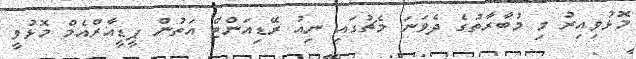
މޮޅުވިއިރު މި މުބާރާތުގެ ދެވަނަ މެޗުގައި ނިއު ރޭޑިއަންޓް އަތުން ޕީޑީއާރްއެމް މޮޅުވީ